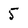
Character: 5